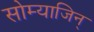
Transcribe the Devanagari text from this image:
सोम्याजिन्